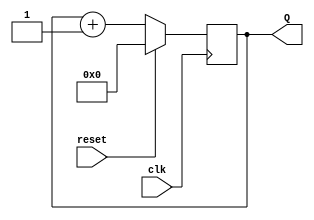
module count8 (clk,reset,Q);

input clk,reset;
output [7:0] Q;
reg [7:0] Q;

always @ (posedge clk)

  begin
       Q=(reset)? 8'd0:Q+1;
  end

endmodule